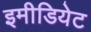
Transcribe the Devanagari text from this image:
इमीडियेट